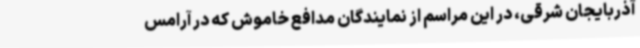
آذربایجان شرقی، در این مراسم از نمایندگان مدافع خاموش که در آرامس